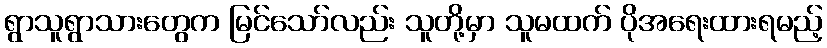
ရွာသူရွာသားတွေက မြင်သော်လည်း သူတို့မှာ သူမထက် ပိုအရေးထားရမည့်